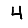
Digit: 4